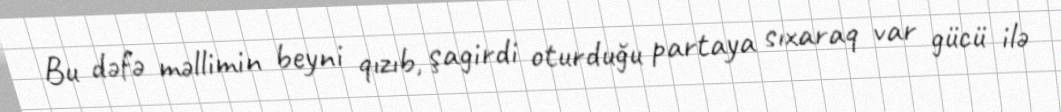
Bu dəfə məllimin beyni qızıb, şagirdi oturduğu partaya sıxaraq var gücü ilə